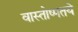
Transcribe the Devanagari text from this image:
वास्तोष्पतये